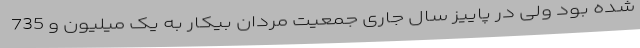
شده بود ولی در پاییز سال جاری جمعیت مردان بیکار به یک میلیون و 735